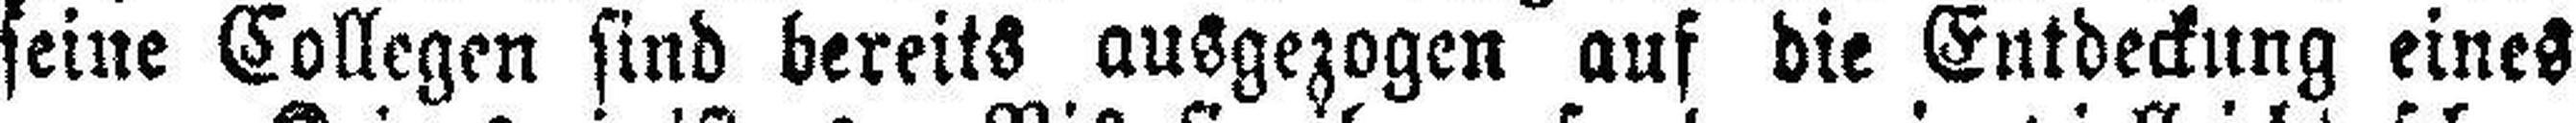
seine Collegen sind bereits ausgezogen auf die Entdeckung eines